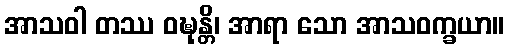
အာသဝါ တဿ ဝဍ္ဎုန္တိ၊ အာရာ သော အာသဝက္ခယာ။